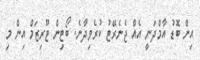
އިން ބޮޑު އާމްދަނީ އެއް ޖެނެރޭޓު ކުރެވިދާނެ. ބޯޓިން ޓޫރިޒަމް އިން މި